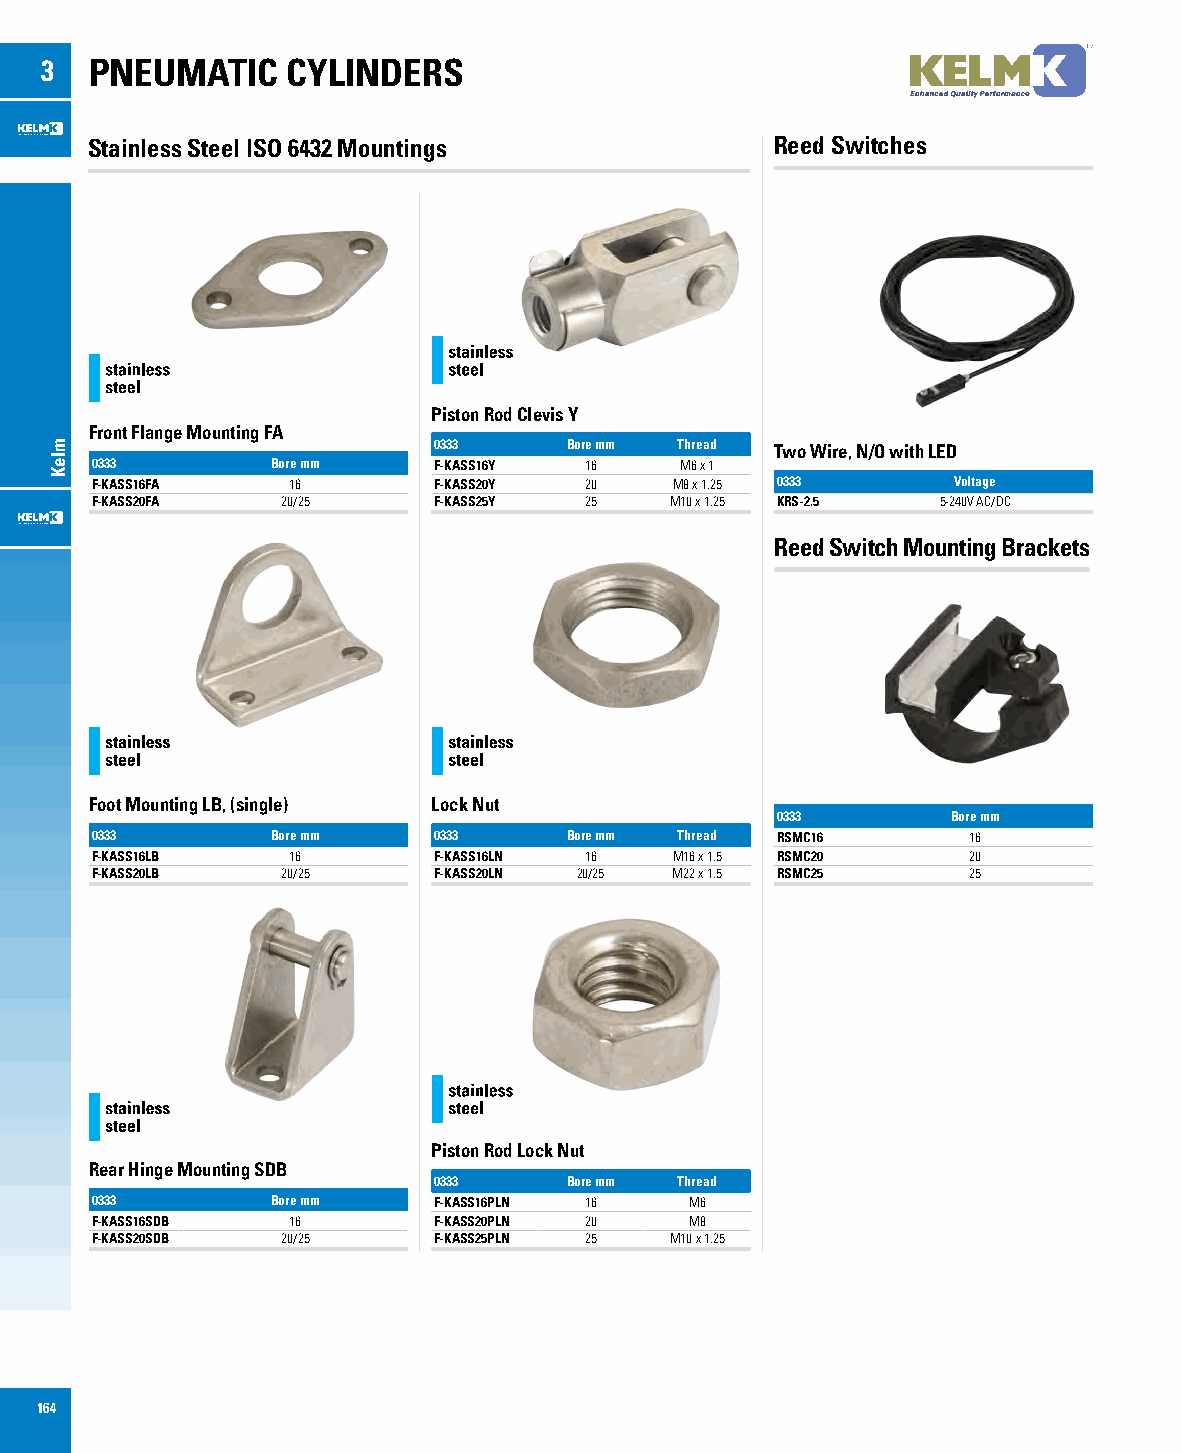
3  PNEUMATIC    CYLINDERS
 Stainless Steel ISO 6432 Mountings           Reed Switches
 Piston Rod Clevis Y
 Front Flange Mounting FA
 0333    Bore mm Thread Two Wire, N/O with LED
 0333        Bore mm    F-KASS16Y 16    M6 x 1
 F-KASS16FA   16        F-KASS20Y 20    M8 x 1.25 0333    Voltage
 F-KASS20FA   20/25     F-KASS25Y 25   M10 x 1.25 KRS-2.5 5-240V AC/DC
 Reed Switch Mounting Brackets
 Foot Mounting LB, (single) Lock Nut
 0333        Bore mm
 0333        Bore mm    0333    Bore mm Thread RSMC16      16
 F-KASS16LB   16        F-KASS16LN 16   M16 x 1.5 RSMC20   20
 F-KASS20LB   20/25     F-KASS20LN 20/25 M22 x 1.5 RSMC25  25
 Piston Rod Lock Nut
 Rear Hinge Mounting SDB
 0333    Bore mm Thread
 0333        Bore mm    F-KASS16PLN 16   M6
 F-KASS16SDB  16        F-KASS20PLN 20   M8
 F-KASS20SDB  20/25     F-KASS25PLN 25 M10 x 1.25
 164
 mleK